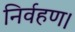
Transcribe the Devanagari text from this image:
निर्वहण।